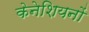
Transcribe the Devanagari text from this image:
केनेशियनों